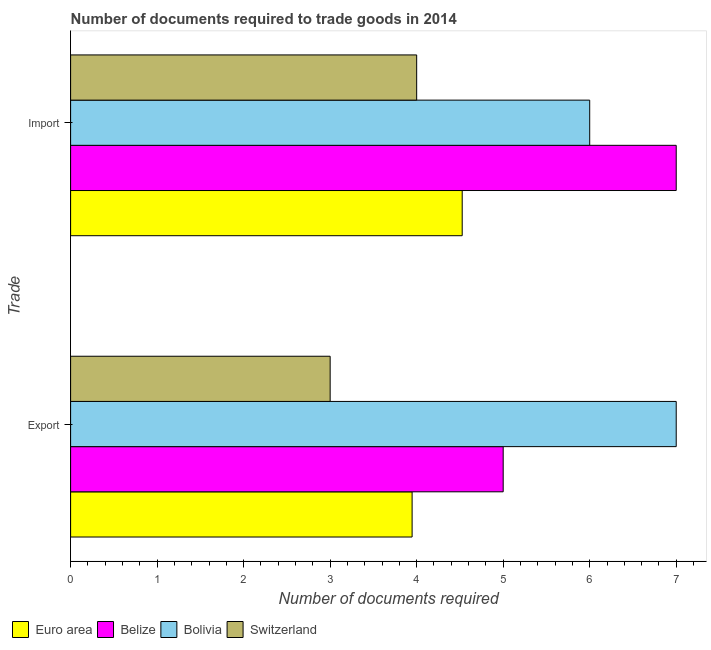
| Trade | Euro area | Belize | Bolivia | Switzerland |
 | --- | --- | --- | --- | --- |
 | Export | 3.95 | 5 | 7 | 3 |
 | Import | 4.53 | 7 | 6 | 4 |